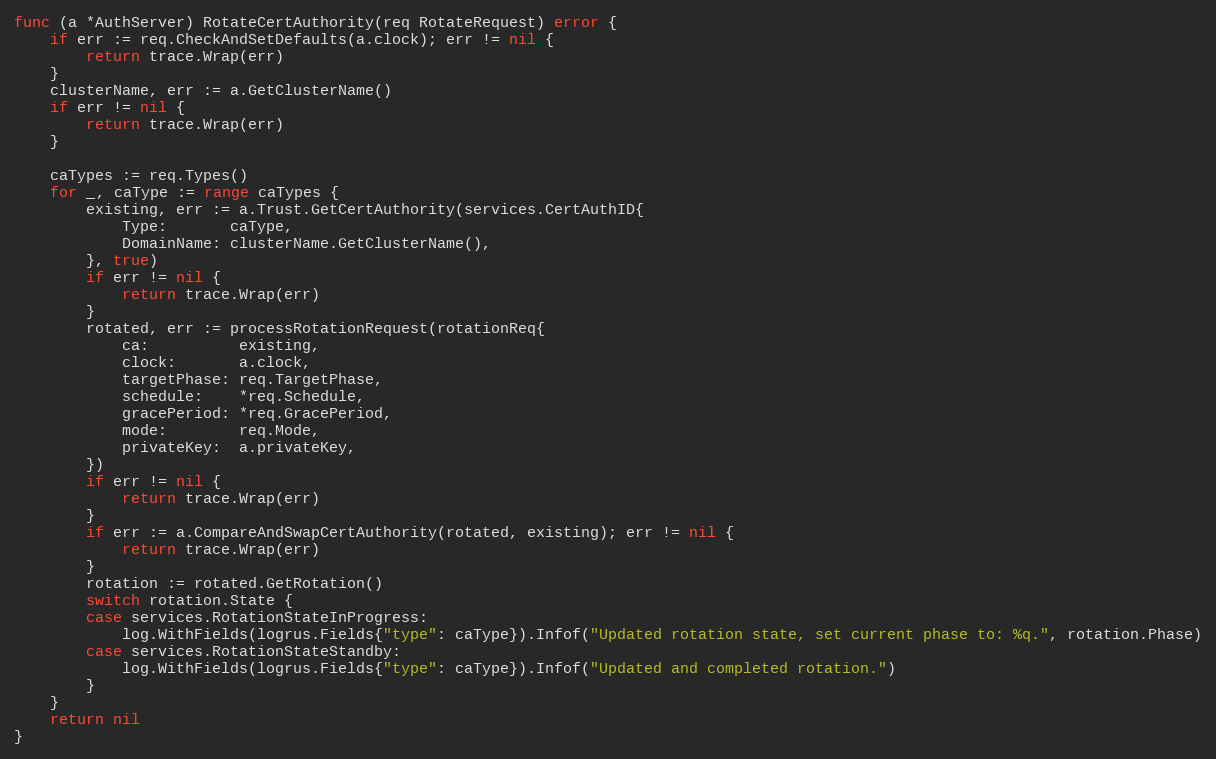
Language: Go
func (a *AuthServer) RotateCertAuthority(req RotateRequest) error {
	if err := req.CheckAndSetDefaults(a.clock); err != nil {
		return trace.Wrap(err)
	}
	clusterName, err := a.GetClusterName()
	if err != nil {
		return trace.Wrap(err)
	}

	caTypes := req.Types()
	for _, caType := range caTypes {
		existing, err := a.Trust.GetCertAuthority(services.CertAuthID{
			Type:       caType,
			DomainName: clusterName.GetClusterName(),
		}, true)
		if err != nil {
			return trace.Wrap(err)
		}
		rotated, err := processRotationRequest(rotationReq{
			ca:          existing,
			clock:       a.clock,
			targetPhase: req.TargetPhase,
			schedule:    *req.Schedule,
			gracePeriod: *req.GracePeriod,
			mode:        req.Mode,
			privateKey:  a.privateKey,
		})
		if err != nil {
			return trace.Wrap(err)
		}
		if err := a.CompareAndSwapCertAuthority(rotated, existing); err != nil {
			return trace.Wrap(err)
		}
		rotation := rotated.GetRotation()
		switch rotation.State {
		case services.RotationStateInProgress:
			log.WithFields(logrus.Fields{"type": caType}).Infof("Updated rotation state, set current phase to: %q.", rotation.Phase)
		case services.RotationStateStandby:
			log.WithFields(logrus.Fields{"type": caType}).Infof("Updated and completed rotation.")
		}
	}
	return nil
}